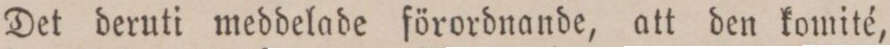
Det deruti meddelade förordnande, att den komité,